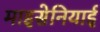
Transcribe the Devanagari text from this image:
माइसेनियाई